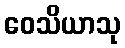
ဝေသိယာသု